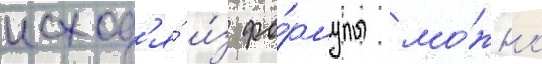
исход'я́ и́з фо́рмулы мо́жно